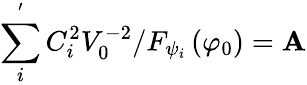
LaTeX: \sum_{i}^{^{\prime}}C_{i}^{2}V_{0}^{-2}/F_{\psi_{i}}\left(\varphi_{0}\right)=\mathbf{A}